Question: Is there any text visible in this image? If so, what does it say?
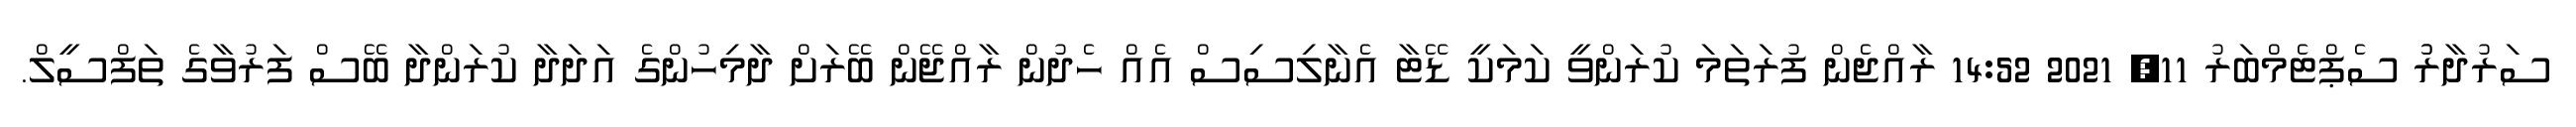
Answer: ސަރުދާރުު ސެޕްޓެމްބަރު 11, 2021 14:52 ރާއްޖެން ފުރަތަމަ ކުރަންވީ ކަމަކީ ޑޭޓާ އެނާލިސިސް އެއް ހެދުން ރާއްޖޭން ބޭރަށް ދާމިހުންގެ އަދަދާ ކުރަންދާ ބޭސް ފަރުވާގެ ތަފްސީލް.